Report on vaccination in Madras 1895-1903 - 1895-1903
Year: 1895
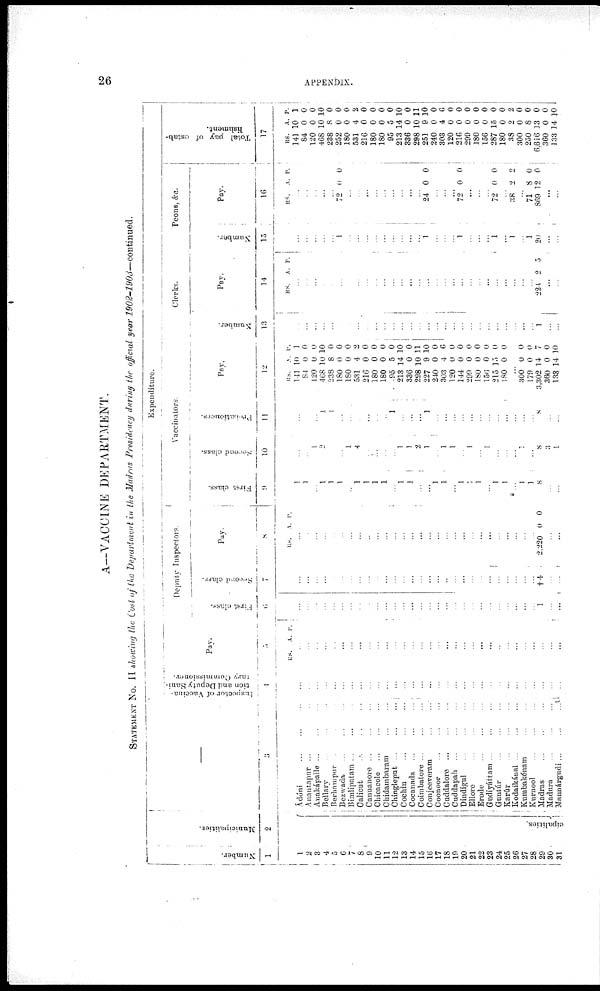
26
APPENDIX.
A—VACCINE DEPARTMENT.
STATEMENT No. II showing the Cost of the Department in the Madras Presidency during the official year 1902-1903—continued.
Number.
1
1
2
3
4
5
6
7
8
9
10
11
12
13
14
15
16
17
18
19
20
21
22
23
24
25
26
27
28
29
30
31
Municipalities.
2
cipalties.
3
Ádóni
...
...
...
Anantnpur ... ...
Anakápalle ... ... ...
Bellary ... ...
Berhampur ... ...
Bezwada
...
...
Bimlipatam ... ...
Calicut ... ... ...
Canuanore
...
...
...
Chicacole
...
...
...
Chidambaram
...
...
Chingleput
...
...
...
Cochin
...
...
...
Cocanada
...
...
...
Coimbatore
...
...
...
Conjeeveram
...
...
Coonoor ... ... ...
Cuddalore
...
...
...
Caddapah
...
...
...
Dindigul
...
...
...
Ellore
...
...
...
Erode
...
...
...
Gudiyáttam
...
...
...
Gúntúr ... ... ...
Karúr
...
...
...
Kodaikánal
...
...
...
Kurabakónam
...
...
Kurnool
...
...
...
Madras ... ... ...
Madura
...
...
...
Mannárgndi
...
...
...
Expenditure.
Inspector of Vaccina¬
tion and Deputy Sani¬
tary Commissioner.
4
...
...
...
...
...
...
...
...
...
...
...
...
...
...
...
...
...
...
...
...
...
...
...
...
...
...
...
...
...
...
...
Pay.
5
R.S. A. P.
...
...
...
...
...
...
...
...
...
...
...
...
...
...
...
...
...
...
...
...
...
...
...
...
...
...
...
...
...
...
...
Deputy Inspector.
First class.
6
...
...
...
...
...
...
...
...
...
...
...
...
...
...
...
...
...
...
...
...
...
...
...
...
...
...
...
...
1
...
...
Second class.
7
...
...
...
...
...
...
...
...
...
...
...
...
...
...
...
...
...
...
...
...
...
...
...
...
...
...
...
...
†4
...
...
Pay.
8
R.S.
A. P.
...
...
...
...
...
...
...
...
...
...
...
...
...
...
...
...
...
...
...
...
...
...
...
...
...
...
...
...
2,220 0 0
...
...
Vaccinators.
First class.
9
1
1
...
1
1
1
...
1
1
1
1
...
1
1
...
...
1
l
...
l
...
1
...
1
1
* ...
1
1
8
...
...
Second class.
10
...
...
1
2
...
...
1
4
...
...
...
...
1
1
2
1
...
1
1
...
1
...
1
...
...
...
1
...
8
3
1
Probationers.
11
...
...
...
1
1
...
...
...
...
...
...
1
...
...
...
1
...
...
...
...
...
...
...
...
...
...
...
...
8
...
...
Pay.
12
R.S.
141
84
120
468
238
180
180
531
216
180
180
95
213
336
298
227
240
303
120
144
299
180
156
215
180
A.
10
0
0
10
8
0
0
4
0
0
0
5
14
0
10
9
0
4
0
0
0
0
0
15
0
P.
1
0
0
10
0
0
0
2
0
0
0
0
10
0
11
10
0
6
0
0
0
0
0
0
0
...
300
179
3,302
360
133
0
0
14
0
14
0
0
7
0
10
Number.
13
...
...
...
...
...
...
...
...
...
...
...
...
...
...
...
...
...
...
...
...
...
...
...
...
...
...
...
...
1
...
...
Clerks.
Pay.
14
R.S.
A. P.
...
...
...
...
...
...
...
...
...
...
...
...
...
1
...
...
...
...
...
...
...
...
...
...
...
...
...
...
224 2 5
...
...
Number.
15
...
...
...
...
...
1
...
...
...
...
...
...
...
...
...
1
...
...
...
1
...
...
...
1
...
1
...
1
20
...
...
Peons, &c.
Pay.
16
RS.
A. P.
...
...
...
...
...
72 0 0
...
...
...
...
...
...
...
...
...
24 0 0
...
...
...
72 0 0
...
...
...
72 0 0
...
38 2 2
...
71
869
8
12
0
0
...
...
Total pay of estab-
lishment.
17
RS.
141
84
120
468
238
252
180
531
216
180
180
95
213
336
298
251
240
303
120
216
299
180
156
287
180
38
300
250
6,616
360
133
A.
10
0
0
10
8
0
0
4
0
0
0
5
14
0
10
9
0
4
0
0
0
0
0
15
0
2
0
8
13
0
14
P.
1
0
0
10
0
0
0
2
0
0
0
0
10
0
11
10
0
6
0
0
0
0
0
0
0
2
0
0
0
0
10